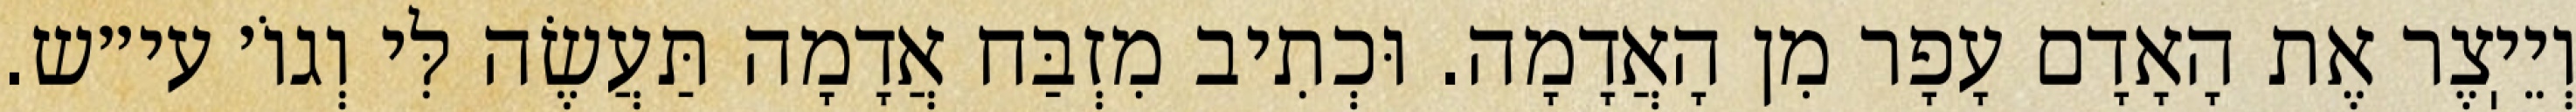
וְיֵיֽצֶר אֶת הָאָדָם עָפָר מִן הָאֲדָמָה. וּכְתִיב מִזְבַּח אֲדָמָה תַּעֲשֶׂה לִּי וְגוֹ׳ עי״ש.